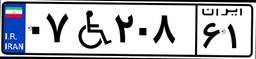
۷۱W۱۱۵۸۵